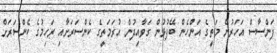
ފަންސާސް އަހަރުން މަތީގެ އަންހެން ބޭފުޅުން ގަވާއިދުން އުރަމަތީގެ ކެންސަރަށާއި ރަހިމުގެ ކެންސަރަށް